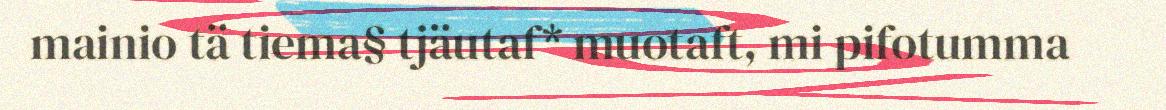
mainio tä tiema§ tjäutaf* muotaft, mi pifotumma